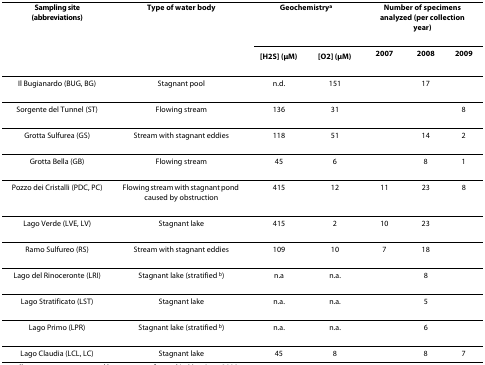
<table><thead><tr><td><b>Sampling site (abbreviations)</b></td><td><b>Type of water body</b></td><td colspan="2"><b>Geochemistry<sup>a</sup></b></td><td colspan="3"><b>Number of specimens analyzed (per collection year)</b></td></tr><tr><td></td><td></td><td><b>[H<sub>2</sub>S] (μM)</b></td><td><b>[O<sub>2</sub>] (μM)</b></td><td><b>2007</b></td><td><b>2008</b></td><td><b>2009</b></td></tr></thead><tbody><tr><td>Il Bugianardo (BUG, BG)</td><td>Stagnant pool</td><td>n.d.</td><td>151</td><td></td><td>17</td><td></td></tr><tr><td>Sorgente del Tunnel (ST)</td><td>Flowing stream</td><td>136</td><td>31</td><td></td><td></td><td>8</td></tr><tr><td>Grotta Sulfurea (GS)</td><td>Stream with stagnant eddies</td><td>118</td><td>51</td><td></td><td>14</td><td>2</td></tr><tr><td>Grotta Bella (GB)</td><td>Flowing stream</td><td>45</td><td>6</td><td></td><td>8</td><td>1</td></tr><tr><td>Pozzo dei Cristalli (PDC, PC)</td><td>Flowing stream with stagnant pond caused by obstruction</td><td>415</td><td>12</td><td>11</td><td>23</td><td>8</td></tr><tr><td>Lago Verde (LVE, LV)</td><td>Stagnant lake</td><td>415</td><td>2</td><td>10</td><td>23</td><td></td></tr><tr><td>Ramo Sulfureo (RS)</td><td>Stream with stagnant eddies</td><td>109</td><td>10</td><td>7</td><td>18</td><td></td></tr><tr><td>Lago del Rinoceronte (LRI)</td><td>Stagnant lake (stratified <sup>b</sup>)</td><td>n.a</td><td>n.a.</td><td></td><td>8</td><td></td></tr><tr><td>Lago Stratificato (LST)</td><td>Stagnant lake</td><td>n.a.</td><td>n.a.</td><td></td><td>5</td><td></td></tr><tr><td>Lago Primo (LPR)</td><td>Stagnant lake (stratified <sup>b</sup>)</td><td>n.a.</td><td>n.a.</td><td></td><td>6</td><td></td></tr><tr><td>Lago Claudia (LCL, LC)</td><td>Stagnant lake</td><td>45</td><td>8</td><td></td><td>8</td><td>7</td></tr></tbody></table>